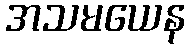
အသမယေန